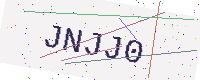
Text: JNJJ0